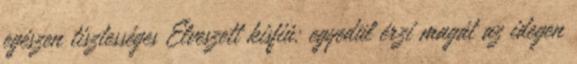
egészen tisztességes Elveszett kisfiú: egyedül érzi magát az idegen